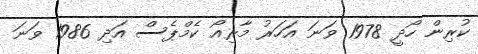
ކުރިން ހޯދީ 1978 ވަނަ އަހަރު މާރިއޯ ކެމްޕެސް އަދި 1986 ވަނަ